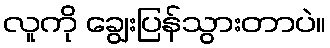
လူကို ချွေးပြန်သွားတာပဲ။